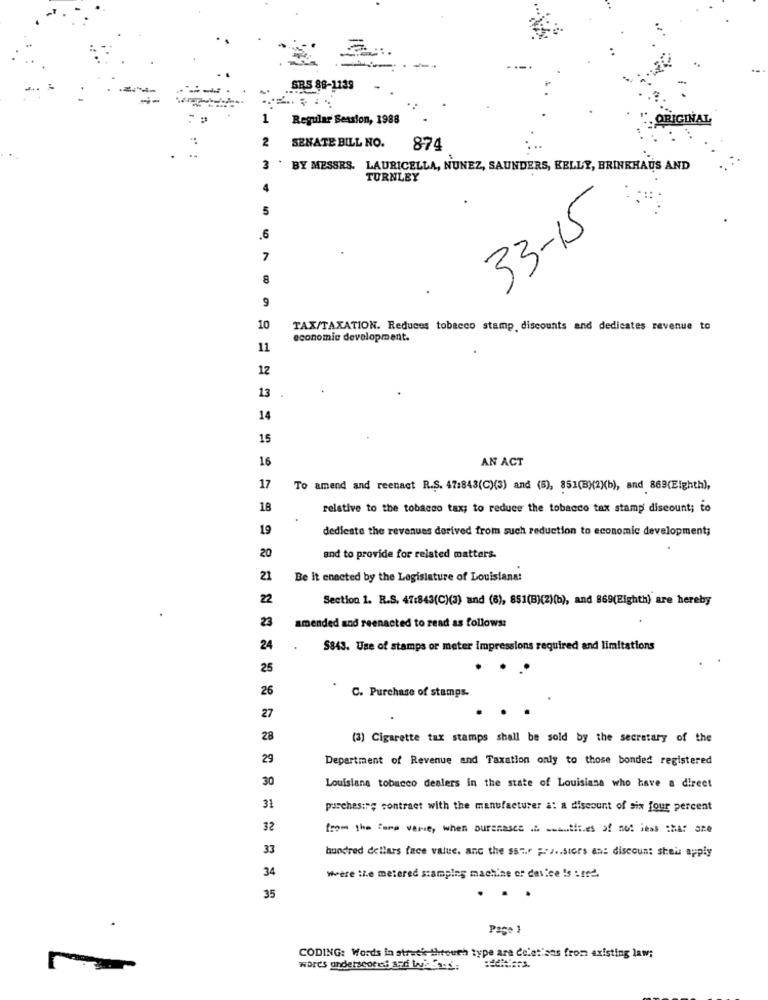
-----
SRS 86-1139
1
Regular Session, 1988
- ORIGINAL
2
SENATE BILL NO.
874
-4
3
BY MESSRS. LAURICELLA, NUNEZ, SAUNDERS, KELLY, BRINKHAUS AND
TURNLEY
4
5
33-15
.6
7
8
9
10
TAX/TAXATION. Reduces tobacco stamp discounts and dedicates revenue to
economic development.
11
12
13
14
15
16
AN ACT
17
To amend and reenact R.S. 47:843(C)(3) and (5), 851(B)(2)(b), and 869(Eighth),
18
relative to the tobacco tax; to reduce the tobacco tax stamp discount; to
19
dedieste the revenues derived from such reduction to economic development;
20
and to provide for related matters.
21
Be it enacted by the Legislature of Louisiana:
22
Section 1. R.S. 47:843(C)(3) and (6), 851(B)(2)(b), and 869(Eighth) are hereby
23
amended and reenacted to read as follows:
24
$843. Use of stamps or meter impressions required and limitations
25
26
C. Purchase of stamps.
27
28
(3) Cigarette tax stamps shall be sold by the secretary of the
29
Department of Revenue and Taxation only to those bonded registered
30
Louisiana tobacco dealers in the state of Louisiana who have a direct
31
purchasing contract with the manufacturer a! a discount of six four percent
32
from the fore varie, when purenasce ... semmiit.es of not less :HA! are
33
hundred dollars face value. and the sstr Fra .. siors and discount sheis apply
34
Were the metered scamping machine or device is : med.
35
Page 1
CODING: Words in stretis through type are Coletions from existing law;
words underscored ard bises;